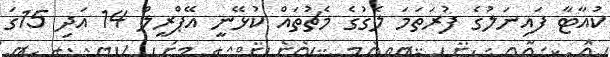
ކުއާޓާ ފައިނަލުގެ ފުރަތަމަ ލެގުގެ މެޗުތައް ކުޅޭނީ އޭޕްރީލް 14 އަދި 15ގަ